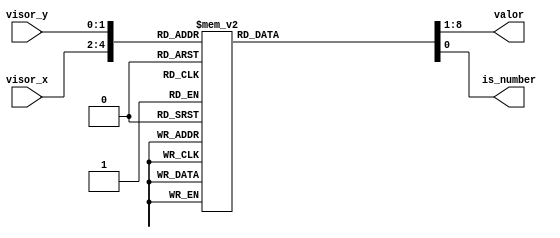
module reconocedor_cursor(
    input [2:0] visor_x,
    input [1:0] visor_y,
    output reg [7:0] valor,
    output reg is_number
    );
        always @(*) begin
            case ({visor_x,visor_y})
            {3'd0 ,2'd0}: {valor,is_number}={8'b0,1'b1};
            {3'd1 ,2'd0}: {valor,is_number}={8'b1,1'b1};
            {3'd2 ,2'd0}: {valor,is_number}={8'd2,1'b1};
            {3'd3 ,2'd0}: {valor,is_number}={8'd3,1'b1};
            {3'd4 ,2'd0}: {valor,is_number}={8'd16,1'b0};    
            {3'd5 ,2'd0}: {valor,is_number}={8'd17,1'b0};    
            {3'd0 ,2'd1}: {valor,is_number}={8'd4,1'b1};
            {3'd1 ,2'd1}: {valor,is_number}={8'd5,1'b1};
            {3'd2 ,2'd1}: {valor,is_number}={8'd6,1'b1};
            {3'd3 ,2'd1}: {valor,is_number}={8'd7,1'b1};
            {3'd4 ,2'd1}: {valor,is_number}={8'd18,1'b0};    
            {3'd5 ,2'd1}: {valor,is_number}={8'd19,1'b0};    
            {3'd0 ,2'd2}: {valor,is_number}={8'd8,1'b1};
            {3'd1 ,2'd2}: {valor,is_number}={8'd9,1'b1};
            {3'd2 ,2'd2}: {valor,is_number}={8'h0a,1'b1};
            {3'd3 ,2'd2}: {valor,is_number}={8'h0b,1'b1};
            {3'd4 ,2'd2}: {valor,is_number}={8'd20,1'b0};    
            {3'd5 ,2'd2}: {valor,is_number}={8'd21,1'b0};    
            {3'd0 ,2'd3}: {valor,is_number}={8'h0c,1'b1};
            {3'd1 ,2'd3}: {valor,is_number}={8'h0d,1'b1};
            {3'd2 ,2'd3}: {valor,is_number}={8'h0e,1'b1};
            {3'd3 ,2'd3}: {valor,is_number}={8'h0f,1'b1};
            {3'd4 ,2'd3}: {valor,is_number}={8'd22,1'b0};    
            default: {valor,is_number}={8'd28,1'b0};
            endcase
        end
endmodule